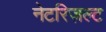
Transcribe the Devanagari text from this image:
नेटरिज़ल्ट